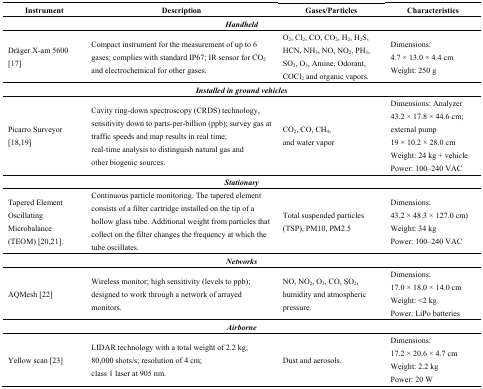
<table><thead><tr><td><b>Instrument</b></td><td><b>Description</b></td><td><b>Gases/Particles</b></td><td><b>Characteristics</b></td></tr></thead><tbody><tr><td colspan="4"><i><b>Handheld</b></i></td></tr><tr><td>Dräger X-am 5600 [17]</td><td>Compact instrument for the measurement of up to 6 gases; complies with standard IP67; IR sensor for CO<sub>2</sub> and electrochemical for other gases.</td><td>O<sub>2</sub>, Cl<sub>2</sub>, CO, CO<sub>2</sub>, H<sub>2</sub>, H<sub>2</sub>S, HCN, NH<sub>3</sub>, NO, NO<sub>2</sub>, PH<sub>3</sub>, SO<sub>2</sub>, O<sub>3</sub>, Amine, Odorant, COCl<sub>2</sub> and organic vapors.</td><td>Dimensions: 4.7 × 13.0 × 4.4 cm Weight: 250 g</td></tr><tr><td colspan="4"><i><b>Installed in ground vehicles</b></i></td></tr><tr><td>Picarro Surveyor [18,19]</td><td>Cavity ring-down spectroscopy (CRDS) technology, sensitivity down to parts-per-billion (ppb); survey gas at traffic speeds and map results in real time; real-time analysis to distinguish natural gas and other biogenic sources.</td><td>CO<sub>2</sub>, CO, CH<sub>4</sub>, and water vapor</td><td>Dimensions: Analyzer 43.2 × 17.8 × 44.6 cm; external pump 19 × 10.2 × 28.0 cm Weight: 24 kg + vehicle Power: 100–240 VAC</td></tr><tr><td colspan="4"><i><b>Stationary</b></i></td></tr><tr><td>Tapered Element Oscillating Microbalance (TEOM) [20,21].</td><td>Continuous particle monitoring. The tapered element consists of a filter cartridge installed on the tip of a hollow glass tube. Additional weight from particles that collect on the filter changes the frequency at which the tube oscillates.</td><td>Total suspended particles (TSP), PM10, PM2.5</td><td>Dimensions: 43.2 × 48.3 × 127.0 cm) Weight: 34 kg Power: 100–240 VAC</td></tr><tr><td colspan="4"><i><b>Networks</b></i></td></tr><tr><td>AQMesh [22]</td><td>Wireless monitor; high sensitivity (levels to ppb); designed to work through a network of arrayed monitors.</td><td>NO, NO<sub>2</sub>, O<sub>3</sub>, CO, SO<sub>2</sub>, humidity and atmospheric pressure.</td><td>Dimensions: 17.0 × 18.0 × 14.0 cm Weight: &lt;2 kg Power: LiPo batteries</td></tr><tr><td colspan="4"><i><b>Airborne</b></i></td></tr><tr><td>Yellow scan [23]</td><td>LIDAR technology with a total weight of 2.2 kg; 80,000 shots/s; resolution of 4 cm; class 1 laser at 905 nm.</td><td>Dust and aerosols.</td><td>Dimensions: 17.2 × 20.6 × 4.7 cm Weight: 2.2 kg Power: 20 W</td></tr></tbody></table>